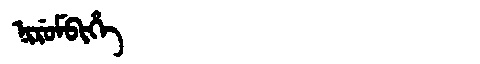
Manchu: ᠨᡳᡵᡠᠮᠪᡳᡥᡝ
Romanization: NIRUMBIHE